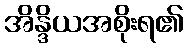
အိန္ဒိယအစိုးရ၏